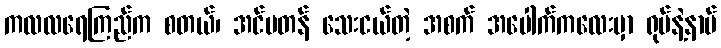
ကလလရေကြည်က စတယ်၊ အင်မတန် သေးငယ်တဲ့ အစက် အပေါက်ကလေးမှာ ရုပ်နဲ့နာမ်